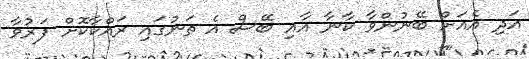
އަދި އެއަށް ބޭނުންވާ ކާނާ އާއި ބޭސް އެ ތަނުގައި ރައްކާކޮށް ފަރުވާ